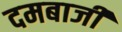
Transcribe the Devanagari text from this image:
दमबाजी